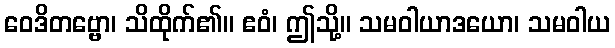
ဝေဒိတဗ္ဗော၊ သိထိုက်၏။ ဧဝံ၊ ဤသို့။ သမဝါယာဒယော၊ သမဝါယ